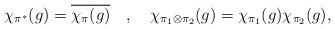
LaTeX: \begin{align*} \chi_{\pi^{*}}(g) = \overline{\chi_{\pi}(g)}~~~,~~~ \chi_{\pi_{1} \otimes \pi_{2}}(g) = \chi_{\pi_{1}}(g)\chi_{\pi_{2}}(g),\end{align*}